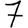
Digit: 7